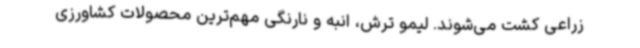
زراعی کشت می‌شوند. لیمو ترش، انبه و نارنگی مهم‌ترین محصولات کشاورزی